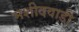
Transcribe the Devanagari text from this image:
मशीदवाडी